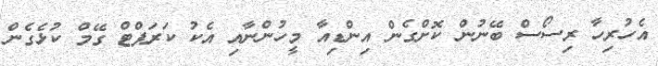
އެހުރިހާ ރިސޯސް ބޭނުން ކޮށްގެން އިންޑިއާ މީހުންނާއި އެކު ކަރަޕްޓް ގޭމް ކުޅެގެން